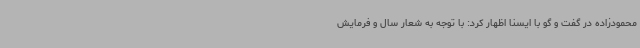
محمودزاده در گفت و گو با ایسنا اظهار کرد: با توجه به شعار سال و فرمایش